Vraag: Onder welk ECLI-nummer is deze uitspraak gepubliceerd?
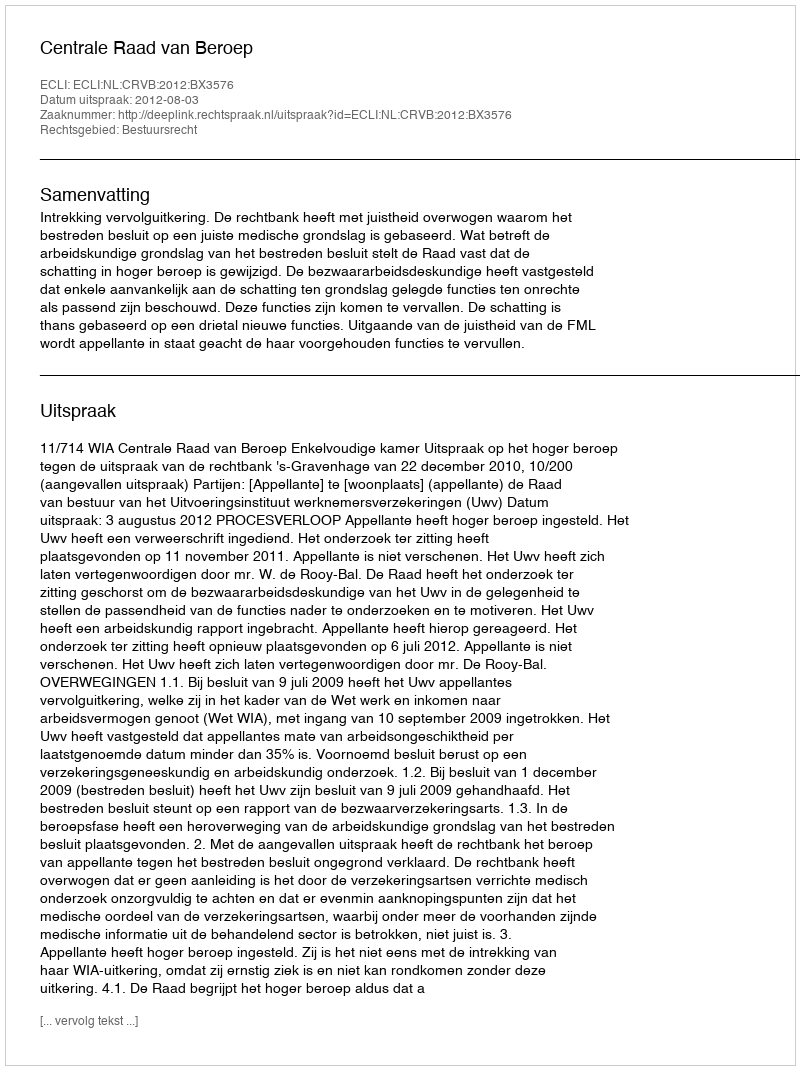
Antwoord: ECLI:NL:CRVB:2012:BX3576